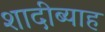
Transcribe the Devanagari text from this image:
शादीब्याह